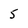
Character: 5